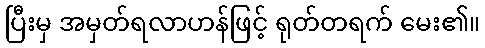
ပြီးမှ အမှတ်ရလာဟန်ဖြင့် ရုတ်တရက် မေး၏။